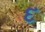
દ